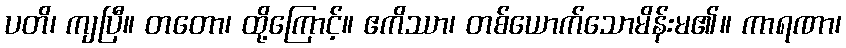
ပတိ၊ ကျပြီ။ တတော၊ ထို့ကြောင့်။ ဧကိဿာ၊ တစ်ယောက်သောမိန်းမ၏။ ကာရဏာ၊